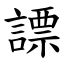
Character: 謤